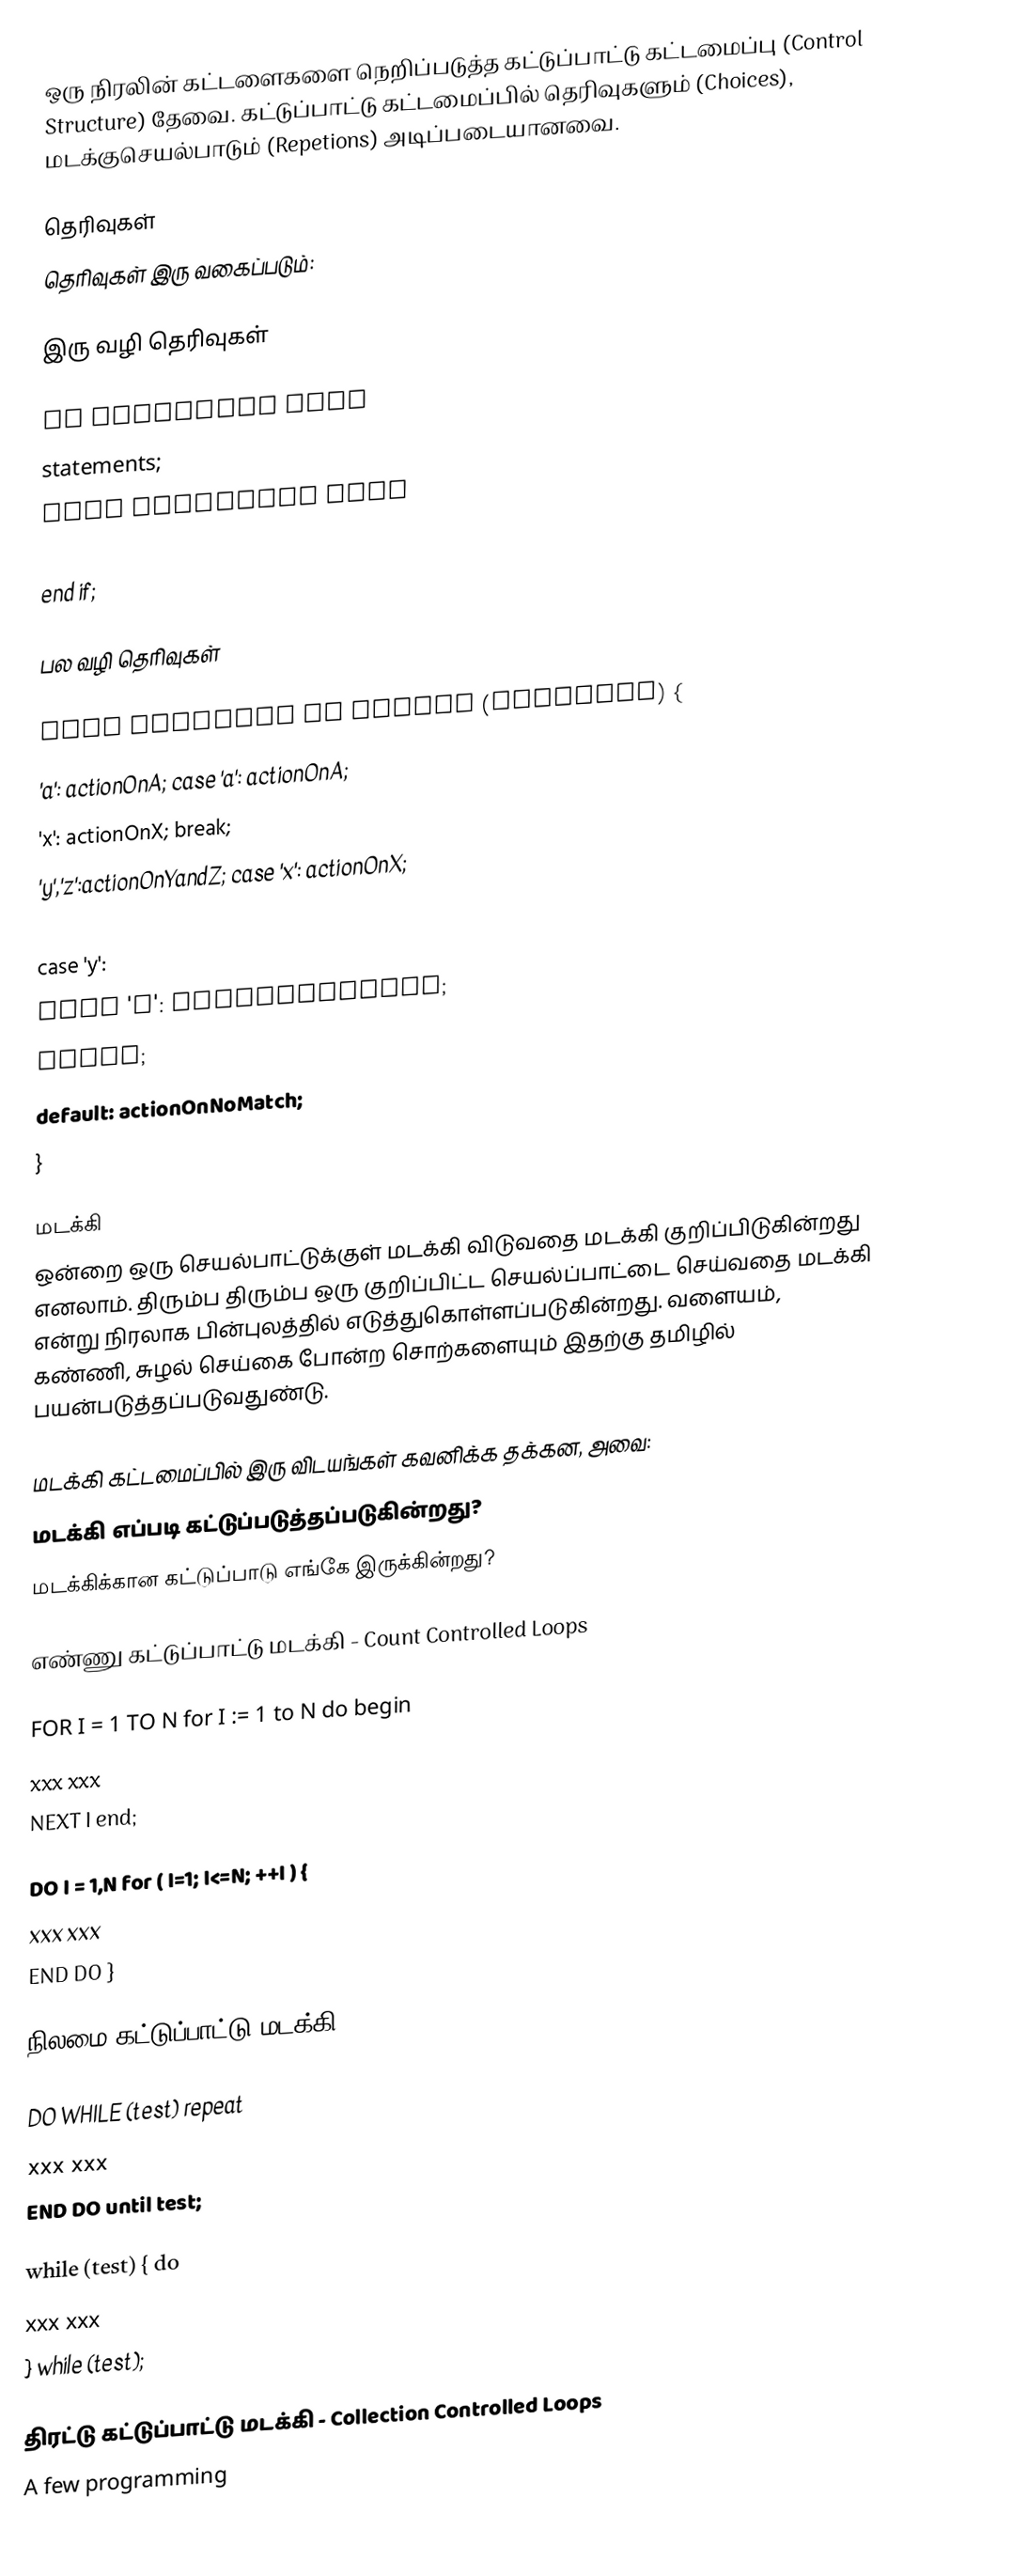
ஒரு நிரலின் கட்டளைகளை நெறிப்படுத்த கட்டுப்பாட்டு கட்டமைப்பு (Control Structure) தேவை.  கட்டுப்பாட்டு கட்டமைப்பில் தெரிவுகளும் (Choices), மடக்குசெயல்பாடும் (Repetions) அடிப்படையானவை.

தெரிவுகள்
தெரிவுகள் இரு வகைப்படும்:

இரு வழி தெரிவுகள்

 if condition then
     statements;
 else condition then
     other statements;
 end if;

பல வழி தெரிவுகள்

    case someChar of                switch (someChar) {
       'a': actionOnA;                 case 'a': actionOnA;
       'x': actionOnX;                     break;
       'y','z':actionOnYandZ;          case 'x': actionOnX;
    end;                                   break;
                                       case 'y':
                                       case 'z': actionOnYandZ;
                                           break;
                                       default: actionOnNoMatch;
                                    }

மடக்கி
ஒன்றை ஒரு செயல்பாட்டுக்குள் மடக்கி விடுவதை மடக்கி குறிப்பிடுகின்றது எனலாம்.  திரும்ப திரும்ப ஒரு குறிப்பிட்ட செயல்ப்பாட்டை செய்வதை மடக்கி என்று நிரலாக பின்புலத்தில் எடுத்துகொள்ளப்படுகின்றது.  வளையம், கண்ணி, சுழல் செய்கை போன்ற சொற்களையும் இதற்கு தமிழில் பயன்படுத்தப்படுவதுண்டு.

மடக்கி கட்டமைப்பில் இரு விடயங்கள் கவனிக்க தக்கன, அவை:
 மடக்கி எப்படி கட்டுப்படுத்தப்படுகின்றது?
 மடக்கிக்கான கட்டுப்பாடு எங்கே இருக்கின்றது?

எண்ணு கட்டுப்பாட்டு மடக்கி - Count Controlled Loops

  FOR I = 1 TO N            for I := 1 to N do begin
        xxx                       xxx
    NEXT I                    end;

    DO I = 1,N                for ( I=1; I<=N; ++I ) {
        xxx                       xxx
    END DO                    }

நிலமை கட்டுப்பாட்டு மடக்கி - Condition Controlled Loops

    DO WHILE (test)           repeat
        xxx                       xxx
    END DO                    until test;

    while (test) {            do
        xxx                       xxx
    }                         while (test);

திரட்டு கட்டுப்பாட்டு மடக்கி - Collection Controlled Loops
A few programming